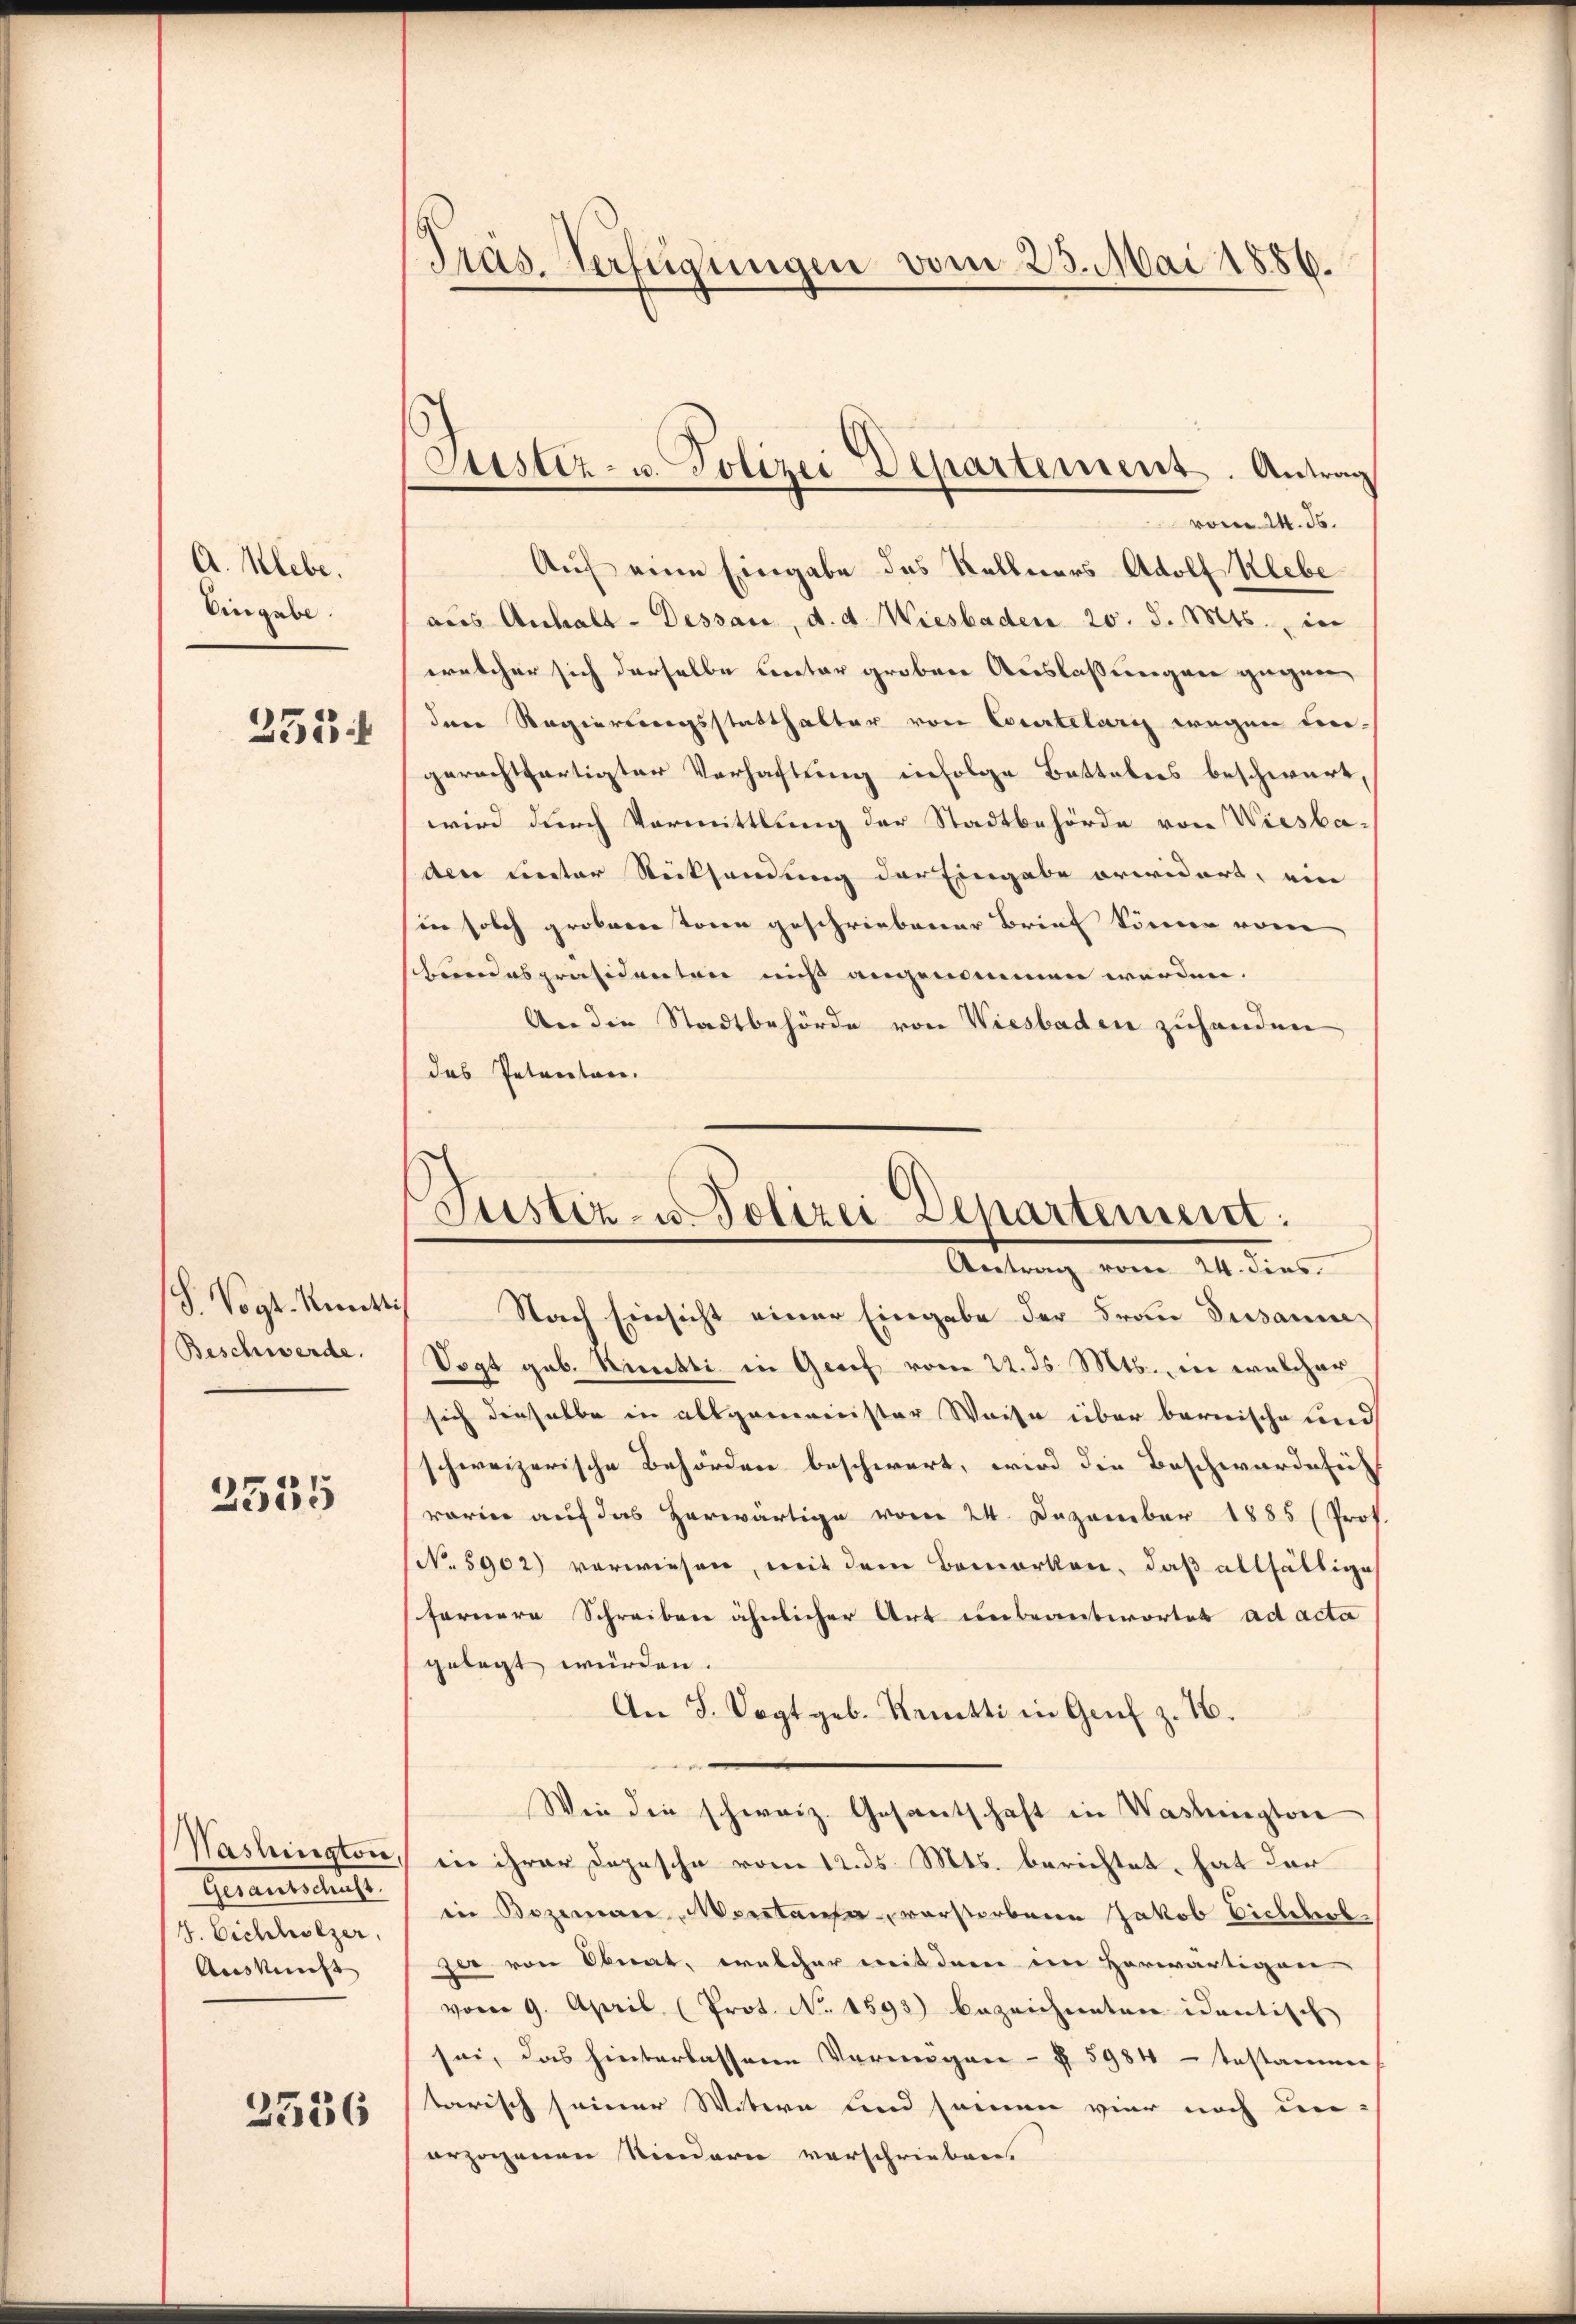
A. lebe.
Eingabe.

255

S. Vogt. Künsti
Beschwerde.

2535

Gerausschrif
4. Eichholzer,
Auskunft

3536

Präs. Verfügungen vom 23. Mai 1886.

Justiz- u. Polizei Departement. Antrag
vom 14. ds.

Justiz- u Polizei Departement:
Antrag vom 24. dies

Auf eine Eingabe des Kellners Adolf Klebe
aus Anhalt-Dessau, d. d. Wiesbaden 20. d. Mts. in
welcher sich derselbe Cretar grobene Auslaßungen gegen
den Regierungsstatthalter von Courtelaris wegen treigerechtfertigter Verhaftung infolge Battalers beschwert,
wird durch Vormittlung der Stadtbehörde von Wiesbaden unter Rücksendung der Eingabe erwidert, ein
in solch grobarer Toren geschriebener Brief können vom
hundespräsidenten nicht angenommen werden.
An die Stadtbehörde von Wiesbaden zuhanden
das Petenten.
Nach Einsicht einer Eingabe der Frau Dissani¬
Vogt geb. Rütti in Grief vom 22. ds. Mts., in welcher
sich dieselbe in allgemeinister Weise über bernische und
schweizerische Behörden beschwert, wird die Beschwärderu
rorie auf das herwärtige vom 24. Dezember 1885 (Prof.
(No. 5902) vorwiesen, mit dem Bemerken, daß allfältige
fernere Schreiben ähnlicher Art unbeantwortet ad acta
gelegt würden.
An 8. Sept geb. Krutti in Genf z. 16.
Wie die schweiz. Gesantschaft in Washington
Washington, in ihrer Depesche vom 12. ds. Mts. berichtet, hat der
in Bozeman Montanter verstorbene Jakob Eichterl
jer von Obeat, welcher weit dem im herwärtigen
vom 9. April (Prot. No. 1593) bezeichneten identisch
sei, das hinterlassene Vermögen § 5984 - testamen
tarisch seiner Witern und seinen vier noch un-
erzogenen Sindern vorschriebens